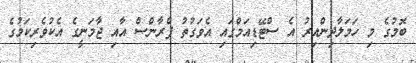
ބޮމުގެ މި ހަމަލާދިންއިރު އެ ސްޓޭޑިއަމްގައި އެވަގުތު ފްރާންސް އާއި ޖާމަނީގެ އެކުވެރިކަމުގެ